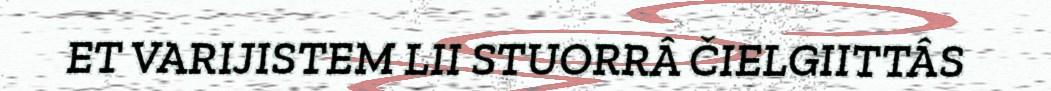
ET VARIJISTEM LII STUORRÂ ČIELGIITTÂS